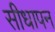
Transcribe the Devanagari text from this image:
सीधापन